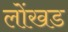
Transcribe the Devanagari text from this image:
लोंखड